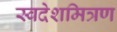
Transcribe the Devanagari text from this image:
स्वदेशमित्रण